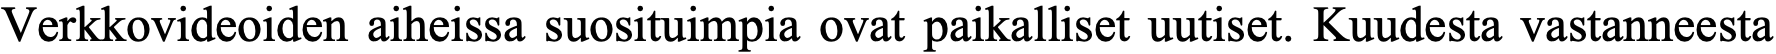
Verkkovideoiden aiheissa suosituimpia ovat paikalliset uutiset. Kuudesta vastanneesta